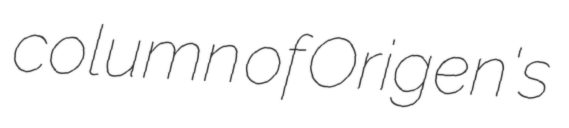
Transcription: column of Origen's